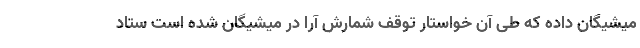
میشیگان داده که طی آن خواستار توقف شمارش آرا در میشیگان شده است ستاد